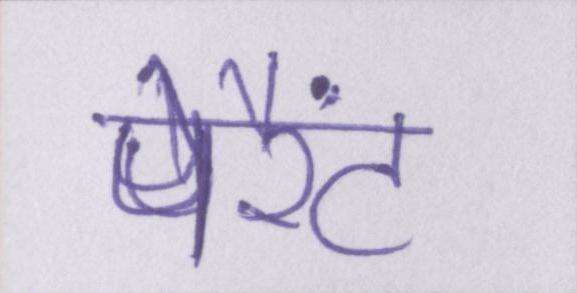
पेरैंट